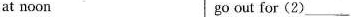
at noon go out for(2)___